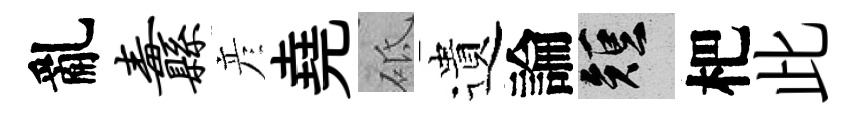
亂纛彦堯砥遺論短杷此